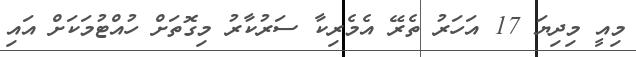
މިއީ މިދިޔަ 17 އަހަރު ތެރޭ އެމެރިކާ ސަރުކާރު މިގޮތަށް ހުއްޓުމަކަށް އައި